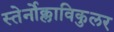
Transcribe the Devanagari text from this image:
स्तेर्नोक्लाविकुलर